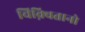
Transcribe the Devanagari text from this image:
चिक़्वितानो